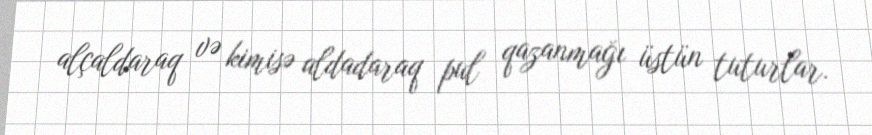
alçaldaraq və kimisə aldadaraq pul qazanmağı üstün tuturlar.